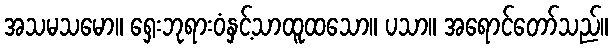
အသမသမော။ ရှေးဘုရားဝံနှင့်သာထူထသော။ ပသာ။ အရောင်တော်သည်။